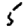
Digit: 5